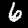
Label: 6